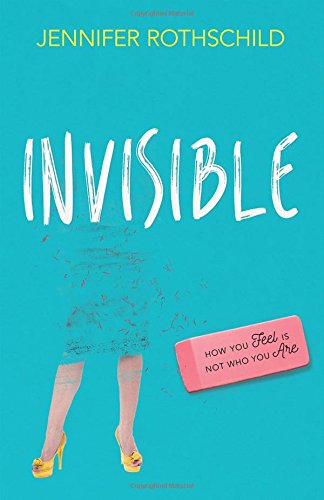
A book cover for Invisible: How You Feel Is Not Who You Are; Jennifer Rothschild; Christian Books & Bibles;